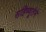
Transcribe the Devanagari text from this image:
सहिष्णूतेने